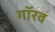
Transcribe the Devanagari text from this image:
गॉरव